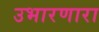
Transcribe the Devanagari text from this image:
उभारणारा